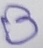
Text: B